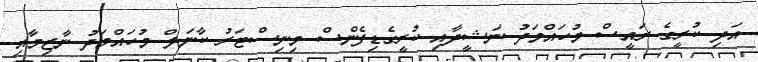
އަދި ކުރީގެ ރައީސް މުހައްމަދު ނަޝީދާއި ކުރީގެޑިފެންސް މިނިސްޓަރު ކާނަލް މުހައްމަދު ނާޒިމާއި